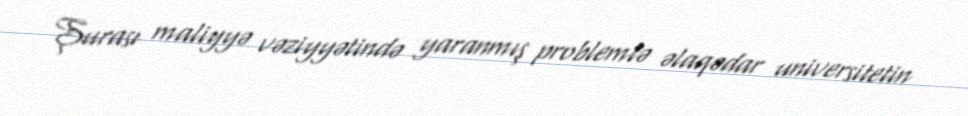
Şurası maliyyə vəziyyətində yaranmış problemlə əlaqədar universitetin